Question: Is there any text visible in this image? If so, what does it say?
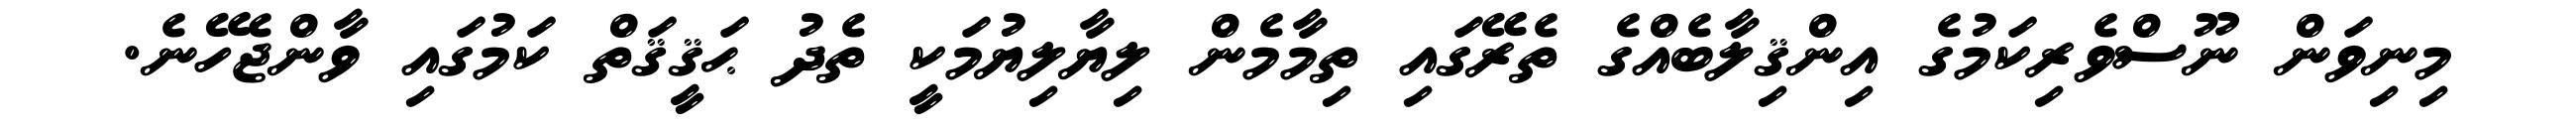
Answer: މިނިވަން ނޫސްވެރިކަމުގެ އިންޤިލާބެއްގެ ތެރޭގައި ތިމާމެން ލިޔާލިޔުމަކީ ތެދު ޙަޤީޤަތް ކަމުގައި ވާންޖެހޭނެ.